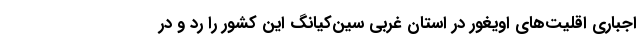
اجباری اقلیت‌های اویغور در استان غربی سین‌کیانگ این کشور را رد و در